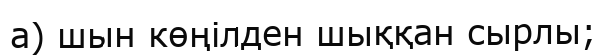
а) шын көңілден шыққан сырлы;